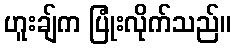
ဟူးချ်က ပြုံးလိုက်သည်။